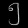
Digit: ၅